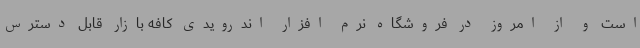
است و از امروز در فروشگاه نرم افزار اندرویدی کافه بازار قابل دسترس